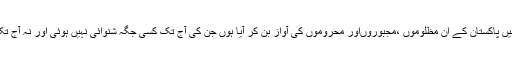
میرا ایوان بالا تک پہنچنا اللہ تعالیٰ کا خصوصی انعام ہے ،میں پاکستان کے ان مظلوموں ،مجبوروںاور محروموں کی آواز بن کر آیا ہوں جن کی آج تک کسی جگہ شنوائی نہیں ہوئی اور نہ آج تک وہ اپنی فریادیں حکمرانوں کے کانوں تک پہنچا سکے ہیں۔